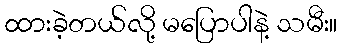
ထားခဲ့တယ်လို့ မပြောပါနဲ့ သမီး။